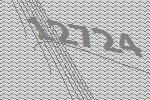
12724